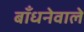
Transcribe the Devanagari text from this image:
बाँधनेवाले